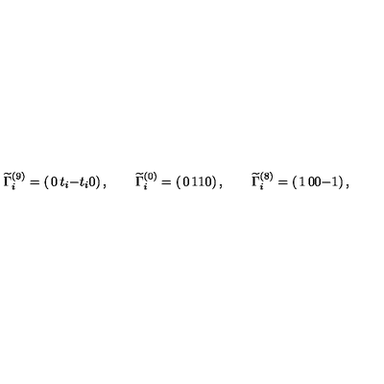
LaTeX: \widetilde { \Gamma } _ { i } ^ { ( 9 ) } = \left( \begin{matrix} { 0 } & { t _ { i } } \\ { - t _ { i } } & { 0 } \\ \end{matrix} \right) , \qquad \widetilde { \Gamma } _ { i } ^ { ( 0 ) } = \left( \begin{matrix} { 0 } & { 1 } \\ { 1 } & { 0 } \\ \end{matrix} \right) , \qquad \widetilde { \Gamma } _ { i } ^ { ( 8 ) } = \left( \begin{matrix} { 1 } & { 0 } \\ { 0 } & { - 1 } \\ \end{matrix} \right) ,